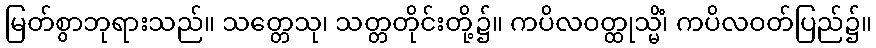
မြတ်စွာဘုရားသည်။ သတ္တေသု၊ သတ္တတိုင်းတို့၌။ ကပိလဝတ္ထုသ္မိံ၊ ကပိလဝတ်ပြည်၌။